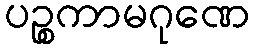
ပဉ္စကာမဂုဏေ